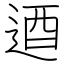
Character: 逎